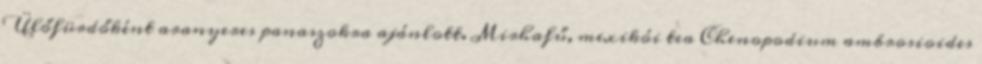
Ülőfürdőként aranyeres panaszokra ajánlott. Mirhafű, mexikói tea Chenopodium ambrosioides